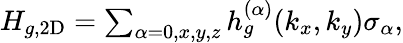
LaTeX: \begin{array}{r}{H_{g,\mathrm{2D}}=\sum_{\alpha=0,x,y,z}{h}_{g}^{(\alpha)}(k_{x},k_{y})\sigma_{\alpha},}\end{array}